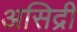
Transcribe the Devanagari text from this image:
असिद्री